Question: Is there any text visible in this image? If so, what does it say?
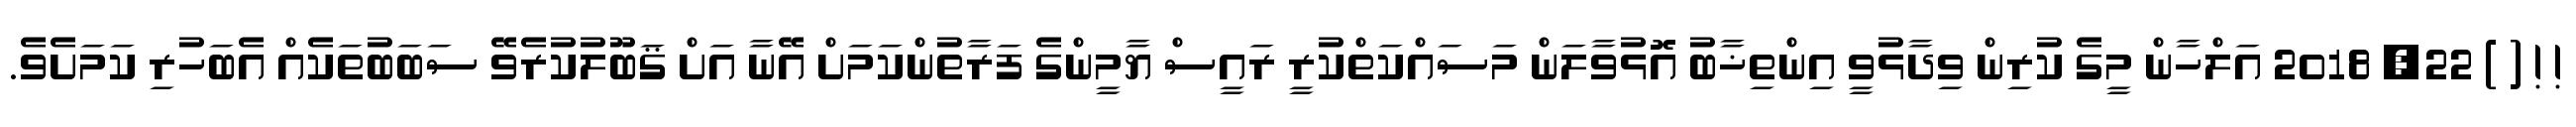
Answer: ! ! ( ) 22, 2018 އަލްހާން މީގެ ކުރިން ވިދާޅުވީ އިންތިޚާބު އޮޅުވާލަން މަސައްކަތްކުރީ ރައީސް ޔާމީންގެ ފަރާތުންކަމަށް އޭނާ އަށް ޤަބޫލުކުރެވޭ ސަބަބުތަކެއް އެބަހުރި ކަމަށެވެ.